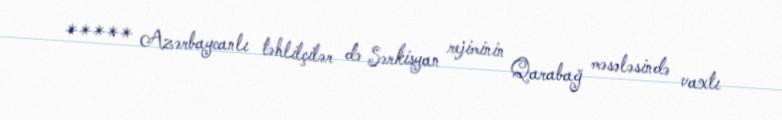
***** Azərbaycanlı təhlilçilər də Sərkisyan rejiminin Qarabağ məsələsində vaxtı